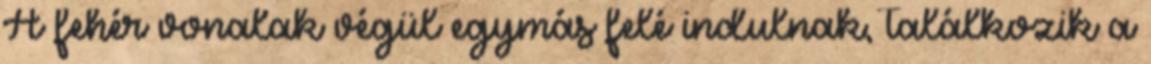
A fehér vonalak végül egymás felé indulnak, találkozik a